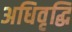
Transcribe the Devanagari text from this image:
अधिवृद्धि